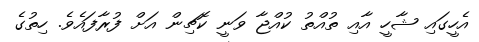
އެހީގައި ޝާހީ އާއި ތުއްތު ކުއްޖާ ވަނީ ކޮޗިން އަށް ފުރާފައެވެ. ހިތުގެ